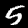
Label: 5